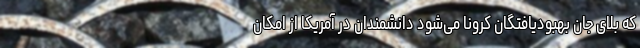
که بلای جان بهبودیافتگان کرونا می‌شود دانشمندان در آمریکا از امکان